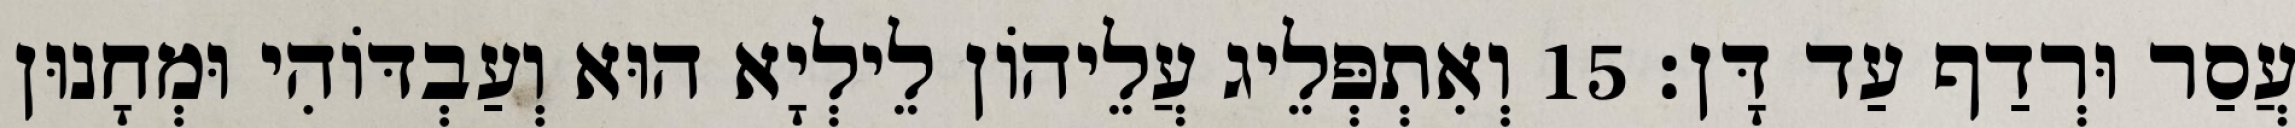
עֲסַר וּרְדַף עַד דָּן׃ 15 וְאִתְפְּלֵיג עֲלֵיהוֹן לֵילְיָא הוּא וְעַבְדּוֹהִי וּמְחָנוּן